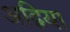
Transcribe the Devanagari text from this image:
अद्विया